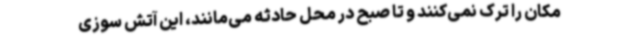
مکان را ترک نمی‌کنند و تا صبح در محل حادثه می‌مانند، این آتش سوزی